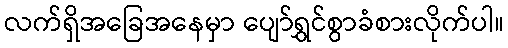
လက်ရှိအခြေအနေမှာ ပျော်ရွှင်စွာခံစားလိုက်ပါ။